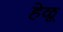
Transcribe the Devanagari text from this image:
हेळू